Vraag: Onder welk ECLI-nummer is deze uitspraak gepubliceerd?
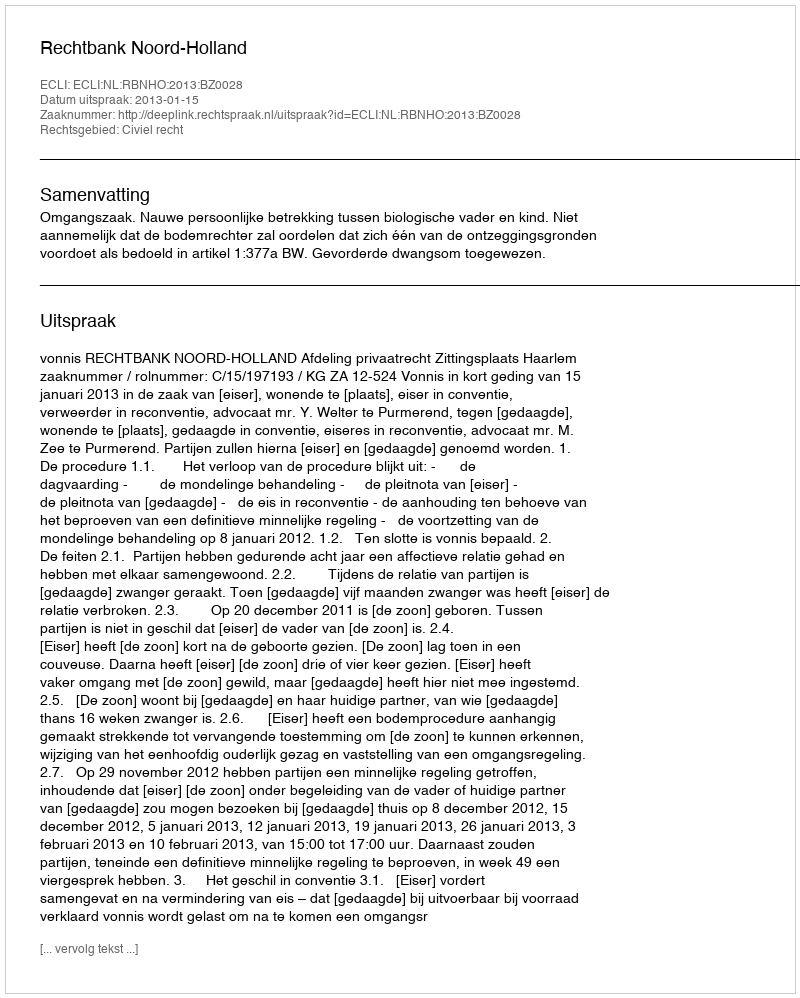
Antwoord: ECLI:NL:RBNHO:2013:BZ0028